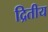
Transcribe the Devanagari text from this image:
द्रितीय